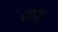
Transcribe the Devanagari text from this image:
श्रांकू